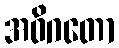
အဝိဂတော